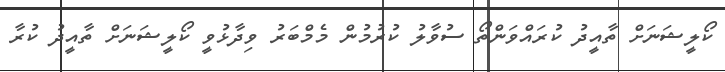
ކޯލީޝަނަށް ތާއީދު ކުރައްވަންތޯ ސުވާލު ކުރުމުން މެމްބަރު ވިދާޅުވީ ކޯލީޝަނަށް ތާއީދު ކުރާ